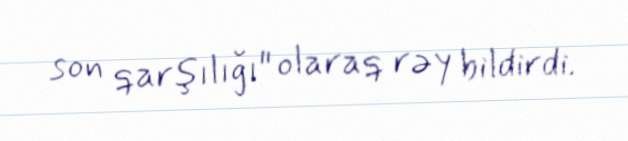
son qarşılığı" olaraq rəy bildirdi.